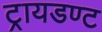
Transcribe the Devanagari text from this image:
ट्रायडण्ट